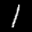
Label: 1